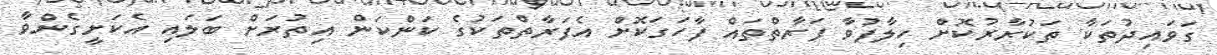
ގަވައިދުތަކާ ތަކުރާރުކޮށް ހިލާފުވާ ފަރާތްތައް ފާހަަގަކޮށް އެފަރާތްތަކުގެ ކަންކަން އިތުރަށް ބަލައި އެކަށީގެންވާ